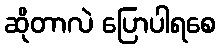
ဆိုတာလဲ ပြောပါရစေ